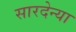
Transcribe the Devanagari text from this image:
सारदेन्या